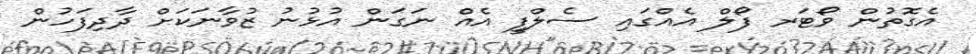
އެގޮތުން ވޯޓަރ ފޯލް އެއްގައި ސެލްފީ އެއް ނަގަން އުޅުނު ޒުވާނަކަށް ދާދިފަހުން